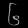
Digit: ၆